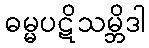
ဓမ္မပဋိသမ္ဘိဒါ